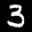
Label: 3